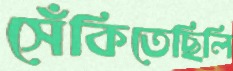
সেঁকিতেছিলি